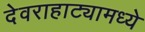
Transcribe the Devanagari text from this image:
देवराहाट्यामध्ये